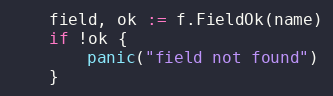
Language: Go
	field, ok := f.FieldOk(name)
	if !ok {
		panic("field not found")
	}